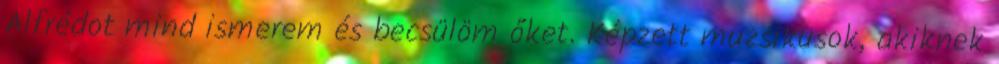
Alfrédot mind ismerem és becsülöm őket. Képzett muzsikusok, akiknek